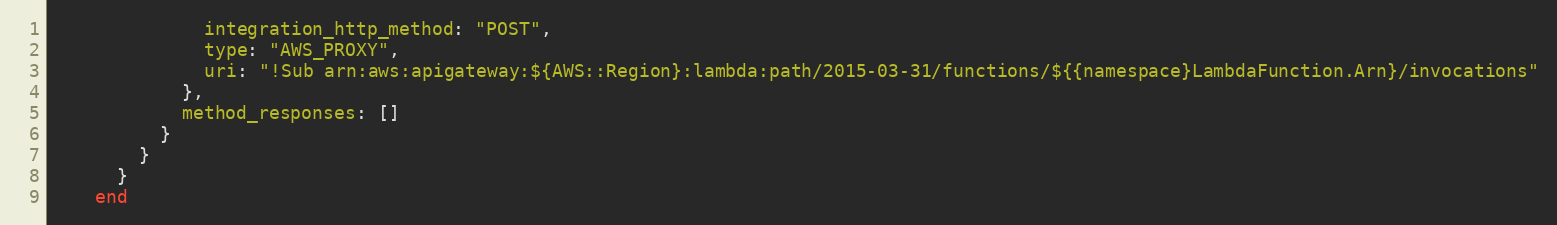
Language: Ruby
              integration_http_method: "POST",
              type: "AWS_PROXY",
              uri: "!Sub arn:aws:apigateway:${AWS::Region}:lambda:path/2015-03-31/functions/${{namespace}LambdaFunction.Arn}/invocations"
            },
            method_responses: []
          }
        }
      }
    end